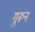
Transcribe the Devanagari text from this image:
गुरूनं